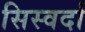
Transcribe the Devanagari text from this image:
सिस्वर्दा